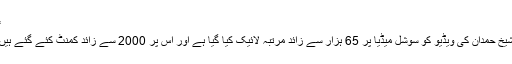
“
شیخ حمدان کی ویڈیو کو سوشل میڈیا پر 65 ہزار سے زائد مرتبہ لائیک کیا گیا ہے اور اس پر 2000 سے زائد کمنٹ کئے گئے ہیں۔